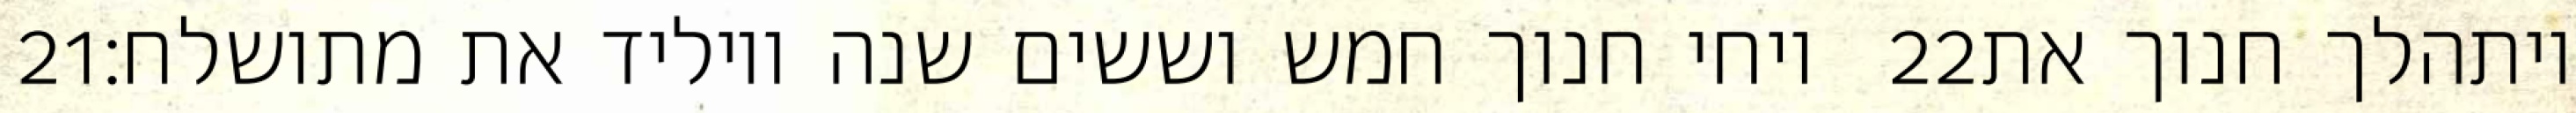
‎21‏ ויחי חנוך חמש וששים שנה ויוליד את מתושלח׃ ‎22‏ ויתהלך חנוך את